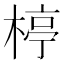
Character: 楟